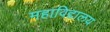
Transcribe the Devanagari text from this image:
महाविद्दालय